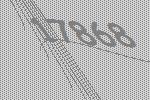
17868